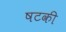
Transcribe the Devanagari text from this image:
षटकी